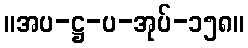
။အပ-ဋ္ဌ-ပ-အုပ်-၁၅၈။